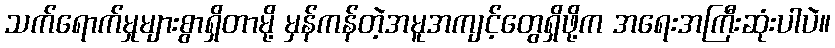
သက်ရောက်မှုများစွာရှိတာမို့ မှန်ကန်တဲ့အမူအကျင့်တွေရှိဖို့က အရေးအကြီးဆုံးပါပဲ။